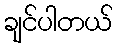
ချင်ပါတယ်